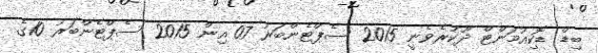
ބިޑް ޑޮކިއުމަންޓް ދޫކުރެވެނީ 2015 ސެޕްޓެންބަރު 07 އިން 2015 ސެޕްޓެންބަރު 10ގެ